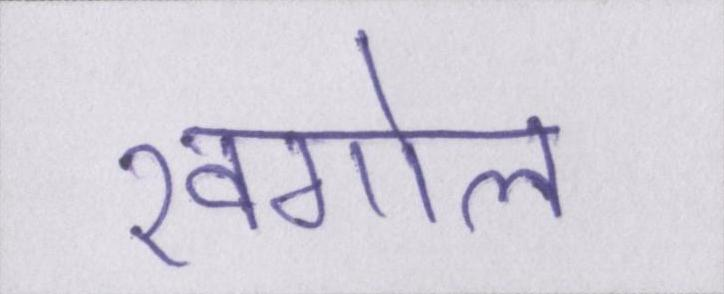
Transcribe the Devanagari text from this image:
खगोल